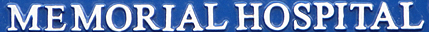
MEMORIAL HOSPITAL